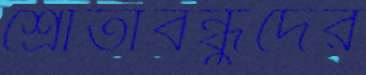
শ্রোতাবন্ধুদের